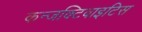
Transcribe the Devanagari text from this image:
कन्जक्टिवाइटिस